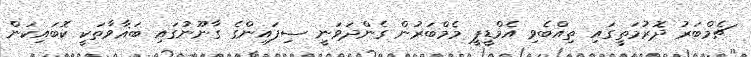
ޗެމްބަރު ދޮރުމަތީގައި ތިއްބެވި އެމްޑީޕީ މެމްބަރުން ގެންދަވަނީ ސިފައިންގެ ގާނޫނުގައި ބަޣާވާތަކީ ކޮބައިކަން